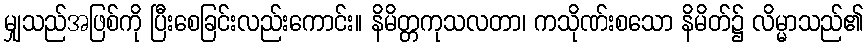
မျှသည်အဖြစ်ကို ပြီးစေခြင်းလည်းကောင်း။ နိမိတ္တကုသလတာ၊ ကသိုဏ်းစသော နိမိတ်၌ လိမ္မာသည်၏